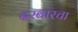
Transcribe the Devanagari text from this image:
दरबारचा